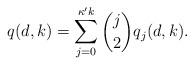
LaTeX: \begin{align*}q(d,k)=\sum_{j=0}^{\kappa' k} { j \choose 2} q_j(d,k).\end{align*}